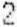
2